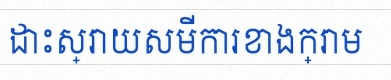
ដោះស្រាយសមីការខាងក្រោម